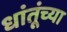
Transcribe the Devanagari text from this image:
धांतूंच्या